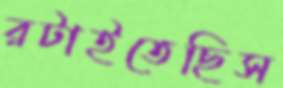
রটাইতেছিস